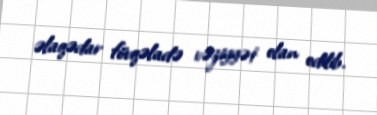
əlaqədar fövqəladə vəziyyət elan edilib.